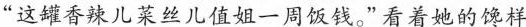
“这罐香辣儿菜丝儿值姐一周饭钱。”看着她的馋样